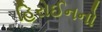
હિરોઈનનો